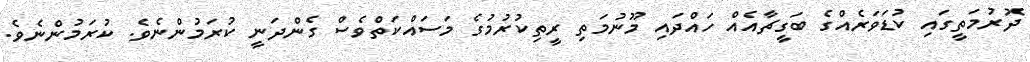
ދޮރުމަތީގައި ކުޑަވަރެއްގެ ބަގީޗާއެއް ހައްދައި މޫނުމަތި ރީތިކުރުމުގެ މަސައްކަތްވެސް ގެންދަނީ ކުރަމުންނެވެ. ކުރަމުންނެވެ.